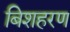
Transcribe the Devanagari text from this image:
बिशहरण